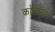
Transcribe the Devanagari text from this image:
कोलमडते